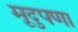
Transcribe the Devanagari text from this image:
मृदुपणा